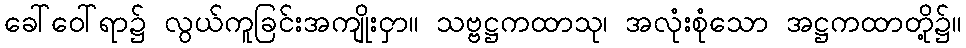
ခေါ်ဝေါ်ရာ၌ လွယ်ကူခြင်းအကျိုးငှာ။ သဗ္ဗဋ္ဌကထာသု၊ အလုံးစုံသော အဋ္ဌကထာတို့၌။